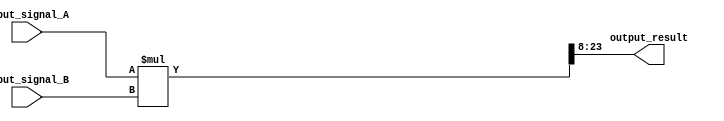
module fixed_point_converter (
    input [15:0] input_signal_A,
    input [15:0] input_signal_B,
    output reg [15:0] output_result
);

reg [15:0] sum;
reg [31:0] product;
reg [31:0] shifted_result;

// Adder
always @*
begin
    sum = input_signal_A + input_signal_B;
end

// Multiplier
always @*
begin
    product = input_signal_A * input_signal_B;
end

// Shifter
always @*
begin
    shifted_result = product >> 8; // Shift right by 8 bits
end

// Output the result
always @*
begin
    output_result = shifted_result;
end

endmodule